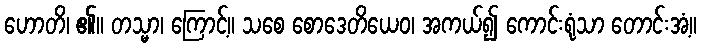
ဟောတိ၊ ၏။ တသ္မာ၊ ကြောင့်။ သစေ စောဒေတိယေဝ၊ အကယ်၍ ကောင်းရုံသာ တောင်းအံ့။